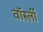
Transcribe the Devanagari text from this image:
वॉर्स्ली